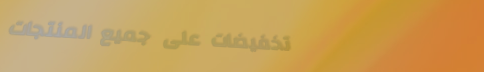
تخفيضات على جميع المنتجات